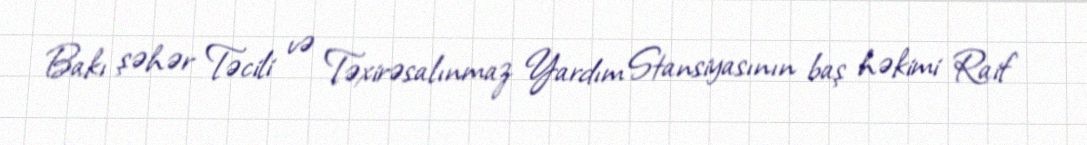
Bakı şəhər Təcili və Təxirəsalınmaz Yardım Stansiyasının baş həkimi Raif